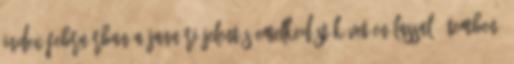
index februárban a januári jelentős emelkedést követően lassuló ütemben,